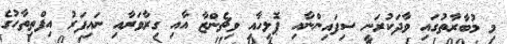
މި މުބާރާތުގައި ވާދަކުރަނީ ސިފައިންނާއި ޕޮލިހާއި ވިޗެންޒާ އާއި ގިރާވަރާއި ނައިފަރު އިފްތިތާހުގެ